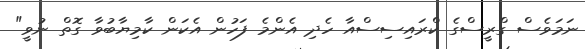
ނަމަވެސް ގްރީސްގެ ކްރައިސިސްއާ ހެދި އެންމެ ފަހުން އެކަން ކާމިޔާބުވާ ގޮތް ނުވީ"